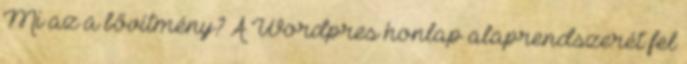
Mi az a bővítmény? A Wordpres honlap alaprendszerét fel